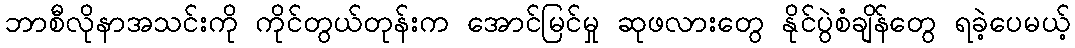
ဘာစီလိုနာအသင်းကို ကိုင်တွယ်တုန်းက အောင်မြင်မှု ဆုဖလားတွေ နိုင်ပွဲစံချိန်တွေ ရခဲ့ပေမယ့်